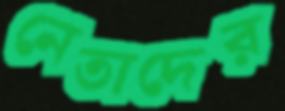
নেতাদের